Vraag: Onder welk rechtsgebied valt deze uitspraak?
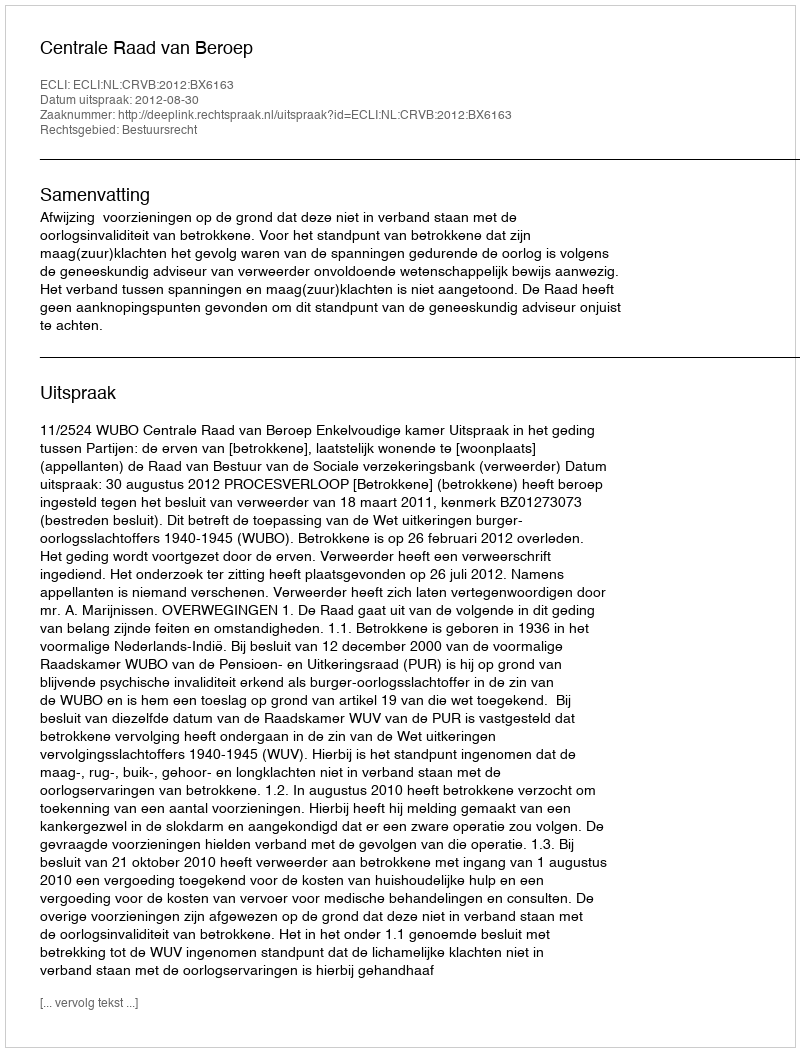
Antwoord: Bestuursrecht